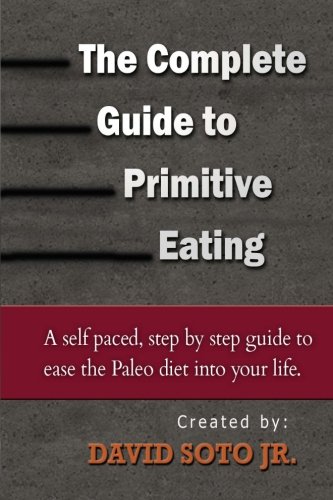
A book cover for The Complete Guide to Primitive Eating: A self paced, step by step guide to ease the paleo diet into your life.; David Soto Jr.; Health, Fitness & Dieting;